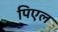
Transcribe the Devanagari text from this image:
पिएल